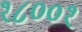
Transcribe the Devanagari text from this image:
१८००१